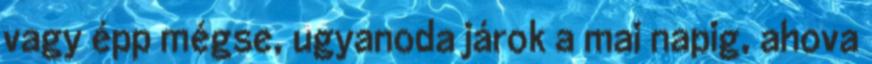
vagy épp mégse, ugyanoda járok a mai napig, ahova